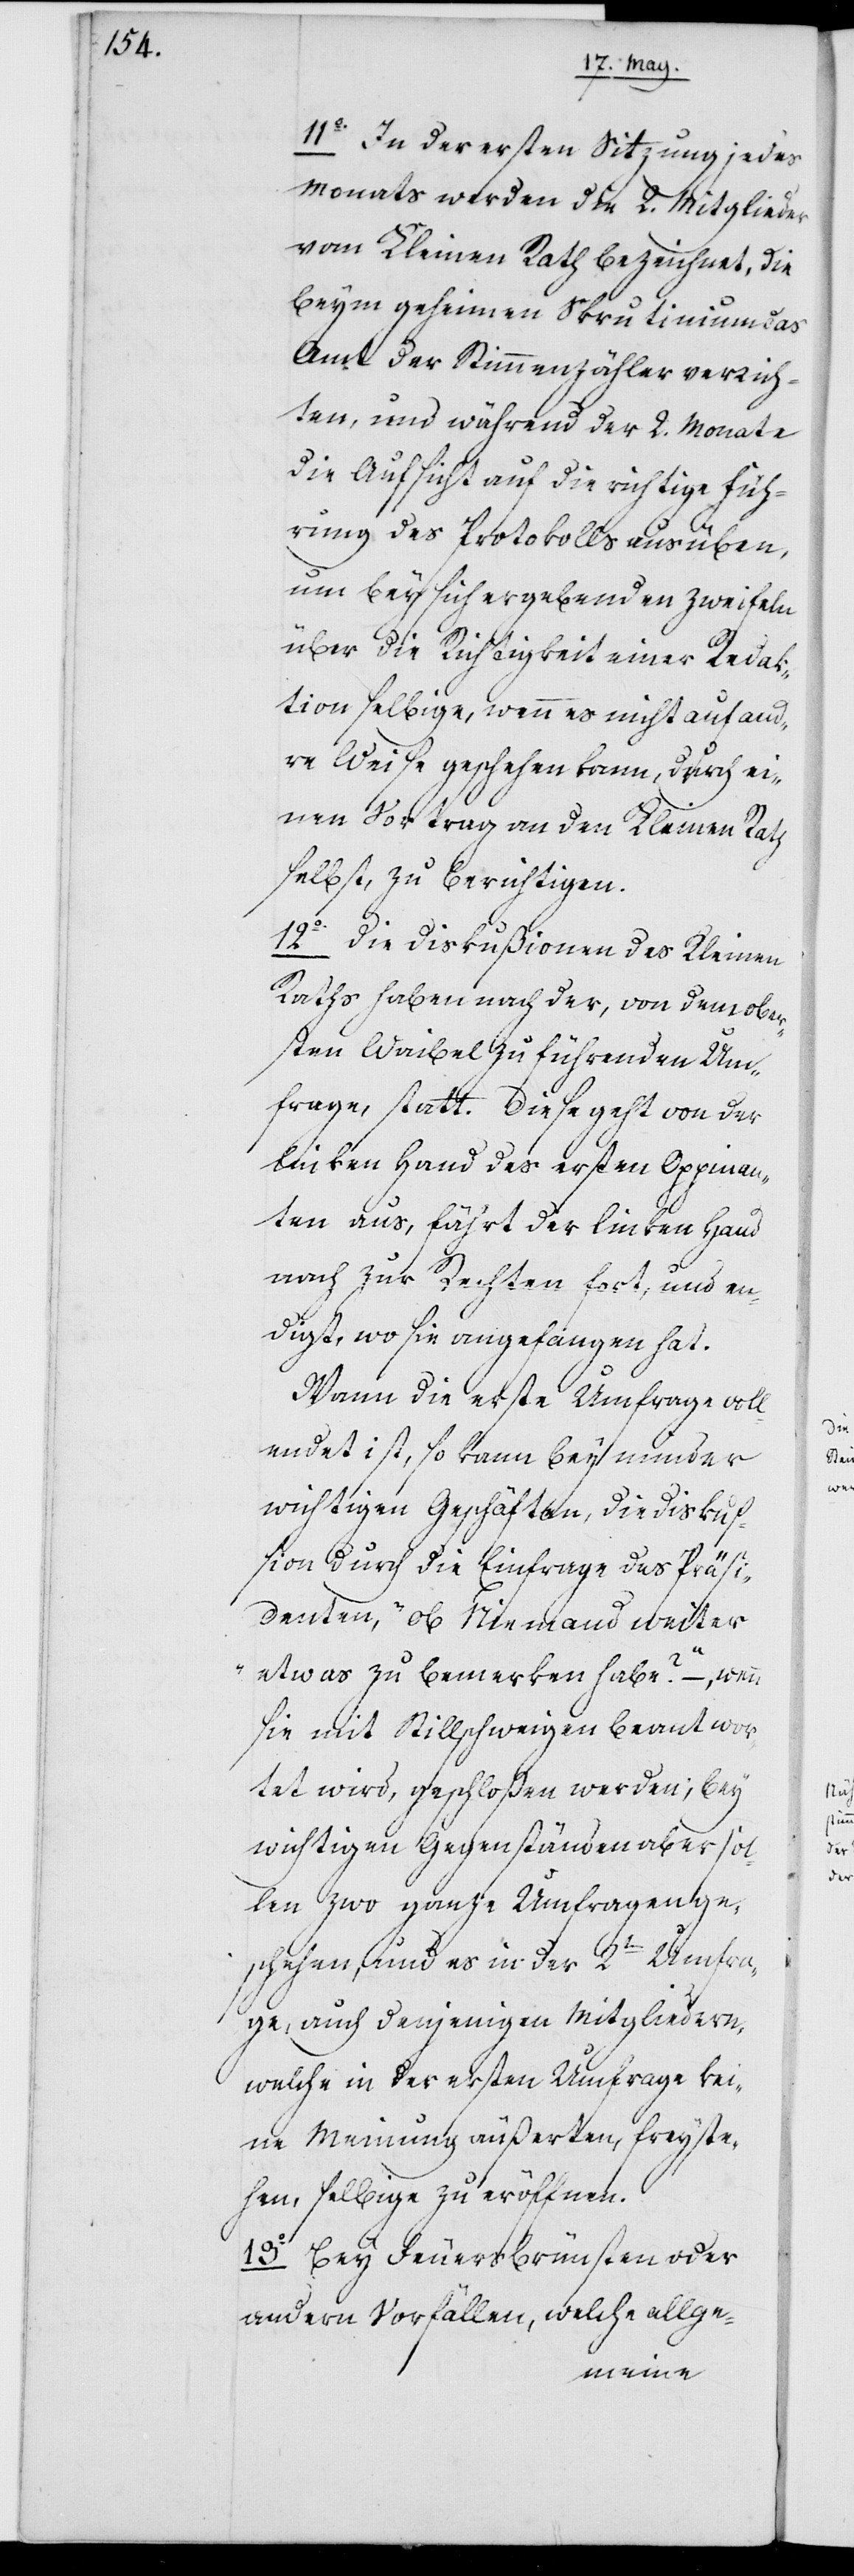
11o In der ersten Sitzung jedes
Monats werden die 2. Mitglieder
vom Kleinen Rath bezeichnet, die
beym geheimen Skrutinium das
Amt der Stimmenzähler verrich¬
ten, und während der 2. Monate
die Aufsicht auf die richtige Füh¬
rung des Protokolls ausüben,
um bey sich ergebenden Zweifeln
über die Richtigkeit einer Redak¬
tion selbige, wenn es nicht auf and¬
re Weise geschehen kann, durch ei¬
nen Vortrag an den Kleinen Rath
selbst, zu berichtigen.
12o Die Diskußionen des Kleinen
Raths haben nach der, von dem ober¬
sten Waibel zu führenden Um¬
frage, statt. Diese geht von der
linken Hand des ersten Oppinan¬
ten aus, fährt der linken Hand
nach zur Rechten fort, und en¬
digt, wo sie angefangen hat.
Wann die erste Umfrage voll¬
endet ist, so kann bey minder
wichtigen Geschäften die Diskuß¬
ion durch die Einfrage des Präsi¬
denten, „ob Niemand weiter
etwas zu bemerken habe?“ –, wenn
sie mit Stillschweigen beantwor¬
tet wird, geschloßen werden; bey
wichtigen Gegenständen aber sol¬
len zwo ganze Umfragen ge¬
schehen, und es in der 2ten Umfra¬
ge, auch denjenigen Mitgliedern,
welche in der ersten Umfrage kei¬
ne Meinung äußerten, freyste¬
hen, selbige zu eröffnen.
13o Bey Feuersbrünsten oder
andern Vorfällen, welche allge-